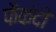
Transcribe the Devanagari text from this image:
फैकंदो